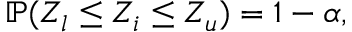
\mathbb { P } ( Z _ { l } \leq Z _ { i } \leq Z _ { u } ) = 1 - \alpha ,